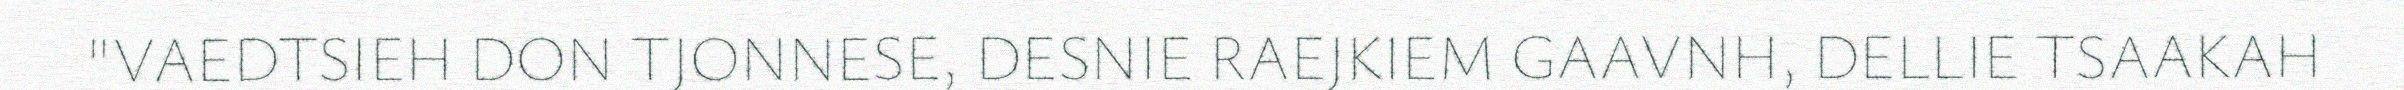
"VAEDTSIEH DON TJONNESE, DESNIE RAEJKIEM GAAVNH, DELLIE TSAAKAH